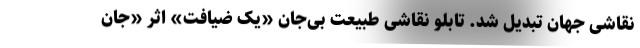
نقاشی جهان تبدیل شد. تابلو نقاشی طبیعت بی‌جان «یک ضیافت» اثر «جان